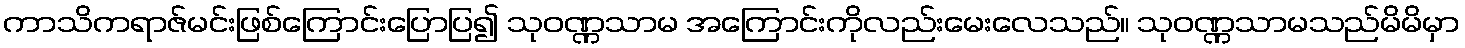
ကာသိကရာဇ်မင်းဖြစ်ကြောင်းပြောပြ၍ သုဝဏ္ဏသာမ အကြောင်းကိုလည်းမေးလေသည်။ သုဝဏ္ဏသာမသည်မိမိမှာ